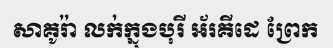
សាគូរ៉ា លក់ក្នុងបុរី អ័រគីដេ ព្រែក